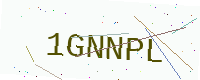
Text: 1GNNPL